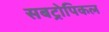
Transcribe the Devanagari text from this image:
सबट्रोपिकल